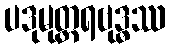
ပဒုမုတ္တရဗုဒ္ဓဿ